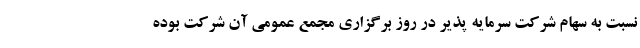
نسبت به سهام شرکت سرمایه پذیر در روز برگزاری مجمع عمومی آن شرکت بوده